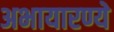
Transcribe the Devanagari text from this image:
अभायारण्ये